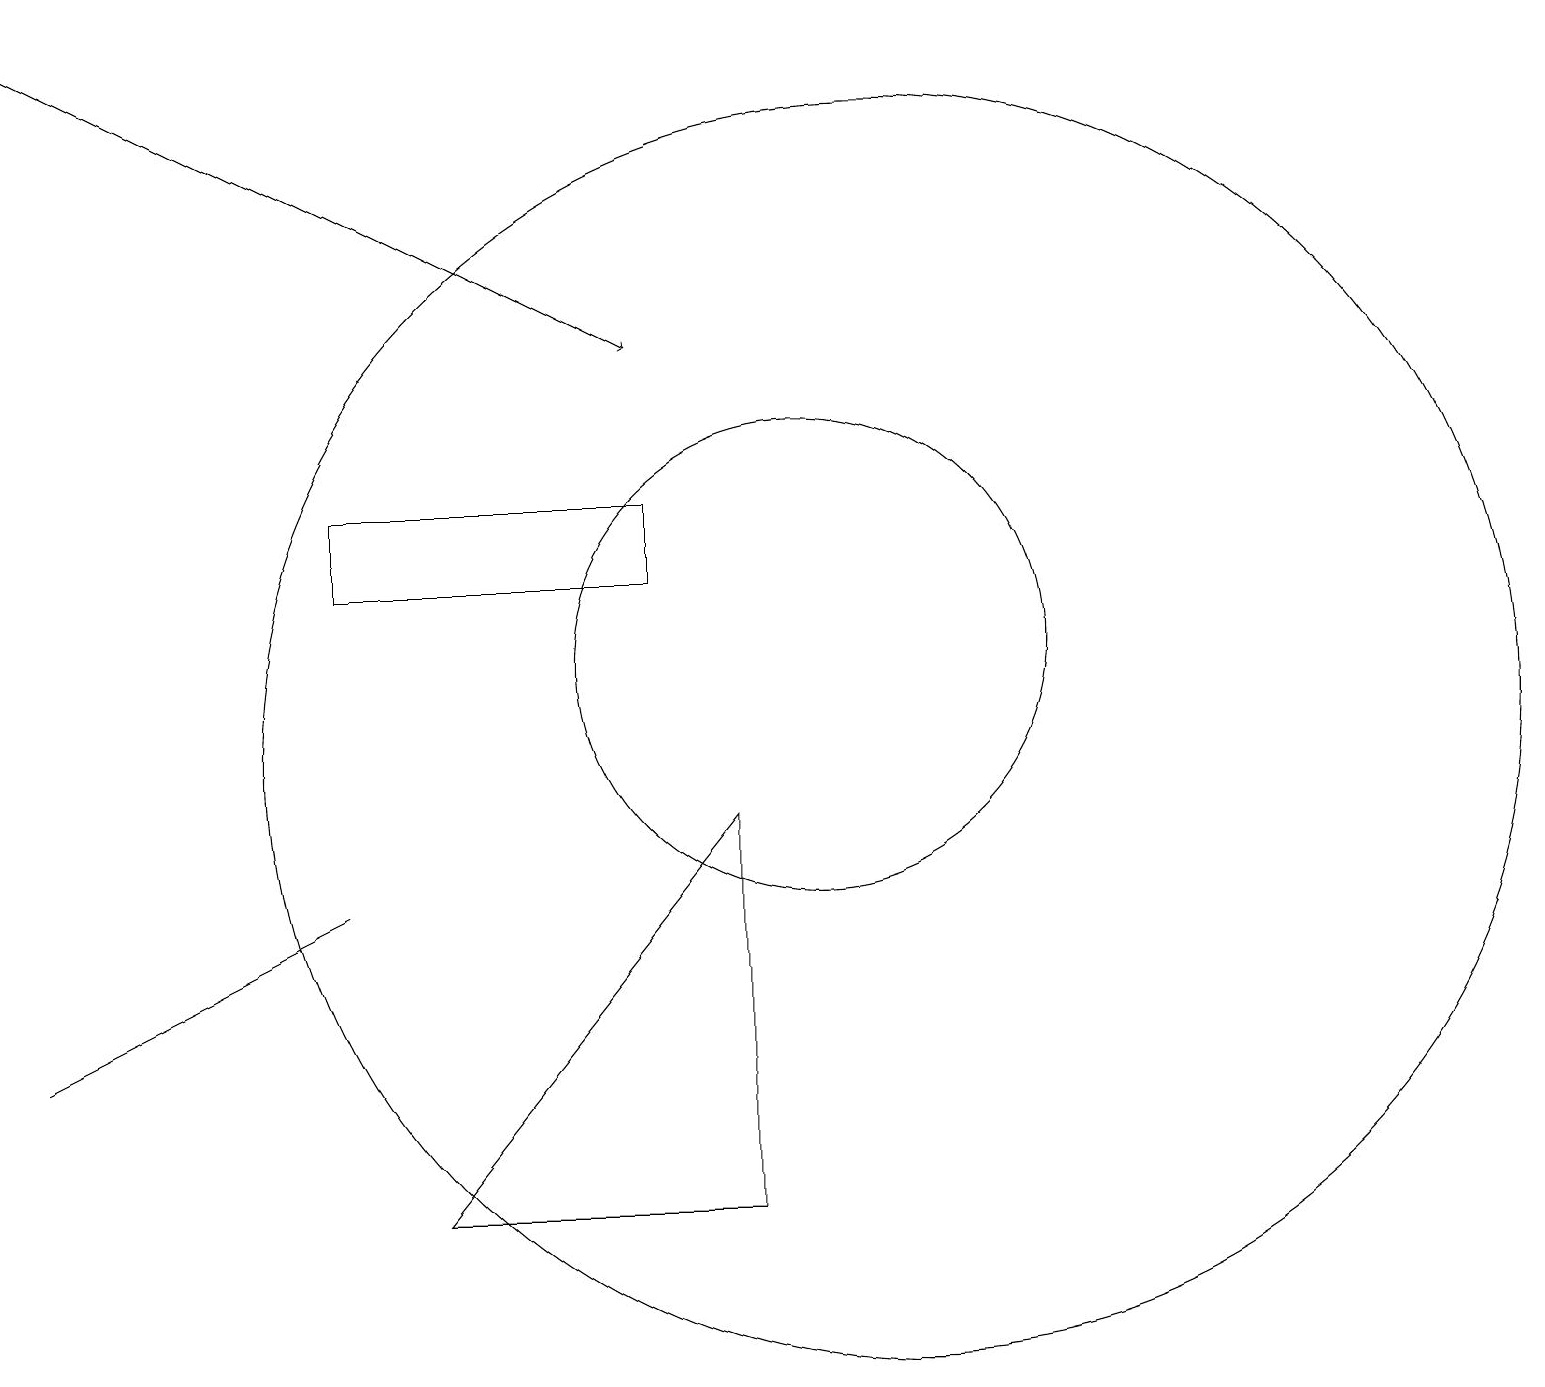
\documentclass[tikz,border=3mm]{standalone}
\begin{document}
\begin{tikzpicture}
\draw (8,13) rectangle (4,12);
\draw (4,8) -- (0,6) -- (2,7) -- cycle;
\draw (10,11) circle (3);
\draw[->] (0,19) -- (8,15);
\draw (5,4) -- (9,4) -- (9,9) -- cycle;
\draw (11,10) circle (8);
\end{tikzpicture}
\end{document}